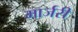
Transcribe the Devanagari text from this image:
मार्जरी